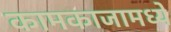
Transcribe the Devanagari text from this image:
कामकाजामध्ये